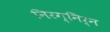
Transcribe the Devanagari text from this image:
निरग्निर्न